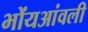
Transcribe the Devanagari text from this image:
भोंयआंवली